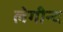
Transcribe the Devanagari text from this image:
लेगीन्द